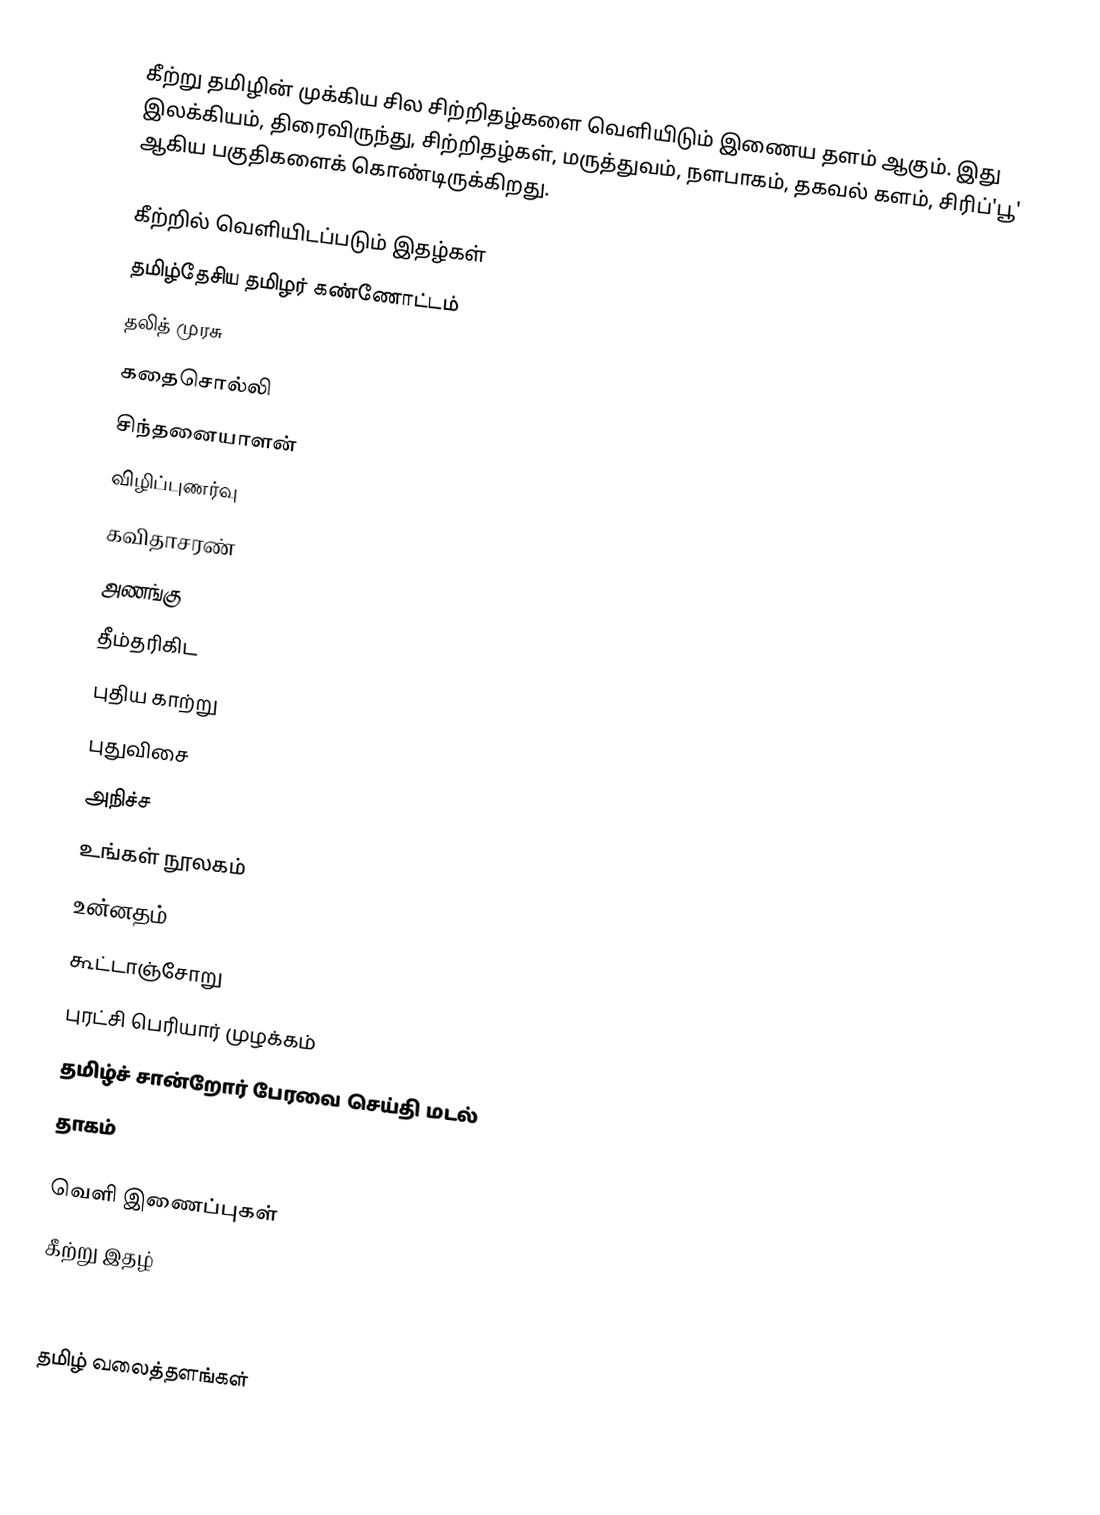
கீற்று தமிழின் முக்கிய சில சிற்றிதழ்களை வெளியிடும் இணைய தளம் ஆகும். இது இலக்கியம், திரைவிருந்து, சிற்றிதழ்கள், மருத்துவம், நளபாகம், தகவல் களம், சிரிப்'பூ' ஆகிய பகுதிகளைக் கொண்டிருக்கிறது.

கீற்றில் வெளியிடப்படும் இதழ்கள்
 தமிழ்தேசிய தமிழர் கண்ணோட்டம்
 தலித் முரசு
 கதைசொல்லி
 சிந்தனையாளன்
 விழிப்புணர்வு
 கவிதாசரண்
 அணங்கு
 தீம்தரிகிட
 புதிய காற்று
 புதுவிசை
 அநிச்ச
 உங்கள் நூலகம்
 உன்னதம்
 கூட்டாஞ்சோறு
 புரட்சி பெரியார் முழக்கம்
 தமிழ்ச் சான்றோர் பேரவை செய்தி மடல்
 தாகம்

வெளி இணைப்புகள்
கீற்று இதழ்

தமிழ் வலைத்தளங்கள்